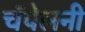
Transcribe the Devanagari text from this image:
चॅपेलनी